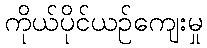
ကိုယ်ပိုင်ယဉ်ကျေးမှု